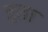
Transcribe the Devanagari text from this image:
हृता